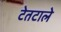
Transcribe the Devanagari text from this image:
टेतटाले